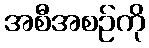
အစီအစဉ်ကို